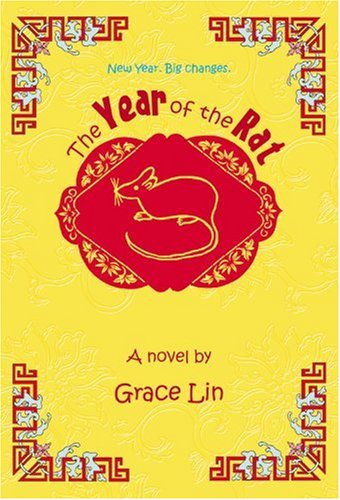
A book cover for The Year of the Rat (A Pacy Lin Novel); Grace Lin; Children's Books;